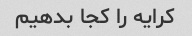
کرایه را کجا بدهیم